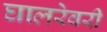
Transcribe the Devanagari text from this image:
घालरेवरी